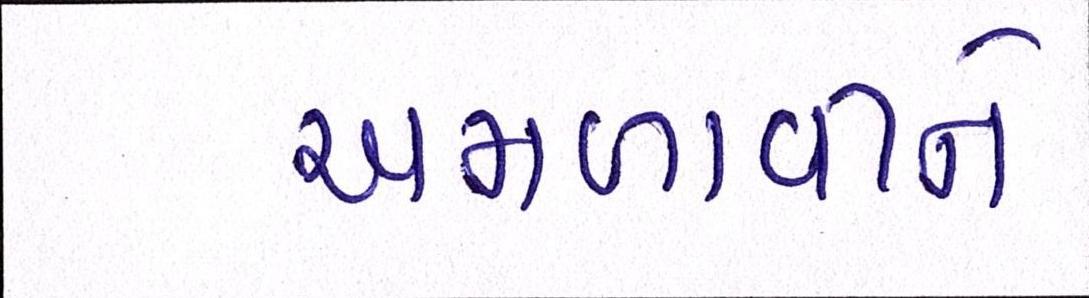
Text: અમળાવીને